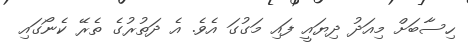
ހިސާބަށް މިއަދު ދިޔައީ ފައި މަގުގަ އެވެ. އެ ދަތުރުގެ ތެރޭ ކެނޯގައި